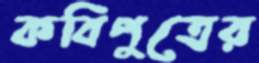
কবিপুত্রের